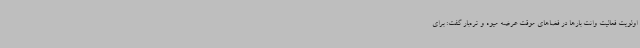
اولویت فعالیت وانت بارها در فضاهای موقت عرضه میوه و تره‌بار گفت: برای